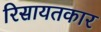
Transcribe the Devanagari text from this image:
रिसायतकार